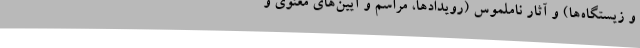
و زیستگاه‌ها) و آثار ناملموس (رویدادها، مراسم و آیین‌های معنوی و